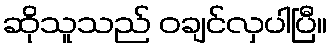
ဆိုသူသည် ဝချင်လှပါပြီ။